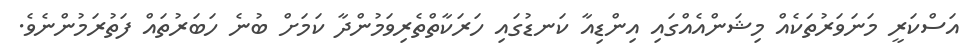
އަސްކަރީ މަނަވަރުތަކެއް މިޝަންއެއްގައި އިންޑިއާ ކަނޑުގައި ހަރަކާތްތެރިވަމުންދާ ކަމަށް ބުނެ ހަބަރުތައް ފަތުރަމުންނެވެ.